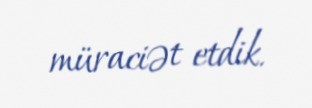
müraciət etdik.